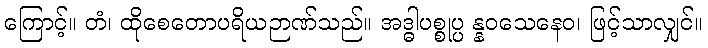
ကြောင့်။ တံ၊ ထိုစေတောပရိယဉာဏ်သည်။ အဒ္ဓါပစ္စုပ္ပ န္နဝသေနေဝ၊ ဖြင့်သာလျှင်။